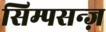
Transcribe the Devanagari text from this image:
सिम्पसन्ज़